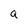
Character: Q